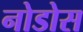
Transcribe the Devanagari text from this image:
नोडोस